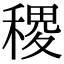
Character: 稷